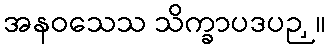
အနဝသေသ သိက္ခာပဒပဉှ။